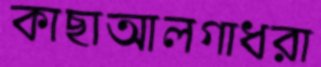
কাছাআলগাধরা